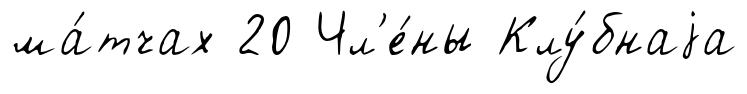
ма́тчах 20 Чл'е́ны Клу́бнаjа